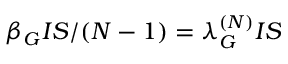
\beta _ { G } I S / ( N - 1 ) = \lambda _ { G } ^ { ( N ) } I S